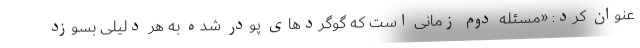
عنوان کرد: «مسئله دوم زمانی است که گوگردهای پودر شده به هر دلیلی بسوزد